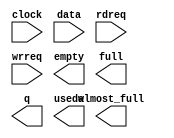
// megafunction wizard: %FIFO%VBB%
// GENERATION: STANDARD
// VERSION: WM1.0
// MODULE: scfifo 

// ============================================================
// Megafunction Name(s):
// 			scfifo
//
// Simulation Library Files(s):
// 			altera_mf
// ============================================================
// ************************************************************
// THIS IS A WIZARD-GENERATED FILE. DO NOT EDIT THIS FILE!
//
// 19.1.0 Build 670 09/22/2019 SJ Lite Edition
// ************************************************************

//Copyright (C) 2019  Intel Corporation. All rights reserved.
//Your use of Intel Corporation's design tools, logic functions 
//and other software and tools, and any partner logic 
//functions, and any output files from any of the foregoing 
//(including device programming or simulation files), and any 
//associated documentation or information are expressly subject 
//to the terms and conditions of the Intel Program License 
//Subscription Agreement, the Intel Quartus Prime License Agreement,
//the Intel FPGA IP License Agreement, or other applicable license
//agreement, including, without limitation, that your use is for
//the sole purpose of programming logic devices manufactured by
//Intel and sold by Intel or its authorized distributors.  Please
//refer to the applicable agreement for further details, at
//https://fpgasoftware.intel.com/eula.

module FIFO6 (
	clock,
	data,
	rdreq,
	wrreq,
	almost_full,
	empty,
	full,
	q,
	usedw);

	input	  clock;
	input	[23:0]  data;
	input	  rdreq;
	input	  wrreq;
	output	  almost_full;
	output	  empty;
	output	  full;
	output	[23:0]  q;
	output	[5:0]  usedw;

endmodule

// ============================================================
// CNX file retrieval info
// ============================================================
// Retrieval info: PRIVATE: AlmostEmpty NUMERIC "0"
// Retrieval info: PRIVATE: AlmostEmptyThr NUMERIC "-1"
// Retrieval info: PRIVATE: AlmostFull NUMERIC "1"
// Retrieval info: PRIVATE: AlmostFullThr NUMERIC "62"
// Retrieval info: PRIVATE: CLOCKS_ARE_SYNCHRONIZED NUMERIC "0"
// Retrieval info: PRIVATE: Clock NUMERIC "0"
// Retrieval info: PRIVATE: Depth NUMERIC "64"
// Retrieval info: PRIVATE: Empty NUMERIC "1"
// Retrieval info: PRIVATE: Full NUMERIC "1"
// Retrieval info: PRIVATE: INTENDED_DEVICE_FAMILY STRING "Cyclone V"
// Retrieval info: PRIVATE: LE_BasedFIFO NUMERIC "0"
// Retrieval info: PRIVATE: LegacyRREQ NUMERIC "1"
// Retrieval info: PRIVATE: MAX_DEPTH_BY_9 NUMERIC "0"
// Retrieval info: PRIVATE: OVERFLOW_CHECKING NUMERIC "0"
// Retrieval info: PRIVATE: Optimize NUMERIC "0"
// Retrieval info: PRIVATE: RAM_BLOCK_TYPE NUMERIC "2"
// Retrieval info: PRIVATE: SYNTH_WRAPPER_GEN_POSTFIX STRING "0"
// Retrieval info: PRIVATE: UNDERFLOW_CHECKING NUMERIC "0"
// Retrieval info: PRIVATE: UsedW NUMERIC "1"
// Retrieval info: PRIVATE: Width NUMERIC "24"
// Retrieval info: PRIVATE: dc_aclr NUMERIC "0"
// Retrieval info: PRIVATE: diff_widths NUMERIC "0"
// Retrieval info: PRIVATE: msb_usedw NUMERIC "0"
// Retrieval info: PRIVATE: output_width NUMERIC "24"
// Retrieval info: PRIVATE: rsEmpty NUMERIC "1"
// Retrieval info: PRIVATE: rsFull NUMERIC "0"
// Retrieval info: PRIVATE: rsUsedW NUMERIC "0"
// Retrieval info: PRIVATE: sc_aclr NUMERIC "0"
// Retrieval info: PRIVATE: sc_sclr NUMERIC "0"
// Retrieval info: PRIVATE: wsEmpty NUMERIC "0"
// Retrieval info: PRIVATE: wsFull NUMERIC "1"
// Retrieval info: PRIVATE: wsUsedW NUMERIC "0"
// Retrieval info: LIBRARY: altera_mf altera_mf.altera_mf_components.all
// Retrieval info: CONSTANT: ADD_RAM_OUTPUT_REGISTER STRING "OFF"
// Retrieval info: CONSTANT: ALMOST_FULL_VALUE NUMERIC "62"
// Retrieval info: CONSTANT: INTENDED_DEVICE_FAMILY STRING "Cyclone V"
// Retrieval info: CONSTANT: LPM_HINT STRING "RAM_BLOCK_TYPE=M10K"
// Retrieval info: CONSTANT: LPM_NUMWORDS NUMERIC "64"
// Retrieval info: CONSTANT: LPM_SHOWAHEAD STRING "OFF"
// Retrieval info: CONSTANT: LPM_TYPE STRING "scfifo"
// Retrieval info: CONSTANT: LPM_WIDTH NUMERIC "24"
// Retrieval info: CONSTANT: LPM_WIDTHU NUMERIC "6"
// Retrieval info: CONSTANT: OVERFLOW_CHECKING STRING "ON"
// Retrieval info: CONSTANT: UNDERFLOW_CHECKING STRING "ON"
// Retrieval info: CONSTANT: USE_EAB STRING "ON"
// Retrieval info: USED_PORT: almost_full 0 0 0 0 OUTPUT NODEFVAL "almost_full"
// Retrieval info: USED_PORT: clock 0 0 0 0 INPUT NODEFVAL "clock"
// Retrieval info: USED_PORT: data 0 0 24 0 INPUT NODEFVAL "data[23..0]"
// Retrieval info: USED_PORT: empty 0 0 0 0 OUTPUT NODEFVAL "empty"
// Retrieval info: USED_PORT: full 0 0 0 0 OUTPUT NODEFVAL "full"
// Retrieval info: USED_PORT: q 0 0 24 0 OUTPUT NODEFVAL "q[23..0]"
// Retrieval info: USED_PORT: rdreq 0 0 0 0 INPUT NODEFVAL "rdreq"
// Retrieval info: USED_PORT: usedw 0 0 6 0 OUTPUT NODEFVAL "usedw[5..0]"
// Retrieval info: USED_PORT: wrreq 0 0 0 0 INPUT NODEFVAL "wrreq"
// Retrieval info: CONNECT: @clock 0 0 0 0 clock 0 0 0 0
// Retrieval info: CONNECT: @data 0 0 24 0 data 0 0 24 0
// Retrieval info: CONNECT: @rdreq 0 0 0 0 rdreq 0 0 0 0
// Retrieval info: CONNECT: @wrreq 0 0 0 0 wrreq 0 0 0 0
// Retrieval info: CONNECT: almost_full 0 0 0 0 @almost_full 0 0 0 0
// Retrieval info: CONNECT: empty 0 0 0 0 @empty 0 0 0 0
// Retrieval info: CONNECT: full 0 0 0 0 @full 0 0 0 0
// Retrieval info: CONNECT: q 0 0 24 0 @q 0 0 24 0
// Retrieval info: CONNECT: usedw 0 0 6 0 @usedw 0 0 6 0
// Retrieval info: GEN_FILE: TYPE_NORMAL FIFO6.v TRUE
// Retrieval info: GEN_FILE: TYPE_NORMAL FIFO6.inc FALSE
// Retrieval info: GEN_FILE: TYPE_NORMAL FIFO6.cmp FALSE
// Retrieval info: GEN_FILE: TYPE_NORMAL FIFO6.bsf FALSE
// Retrieval info: GEN_FILE: TYPE_NORMAL FIFO6_inst.v FALSE
// Retrieval info: GEN_FILE: TYPE_NORMAL FIFO6_bb.v TRUE
// Retrieval info: LIB_FILE: altera_mf